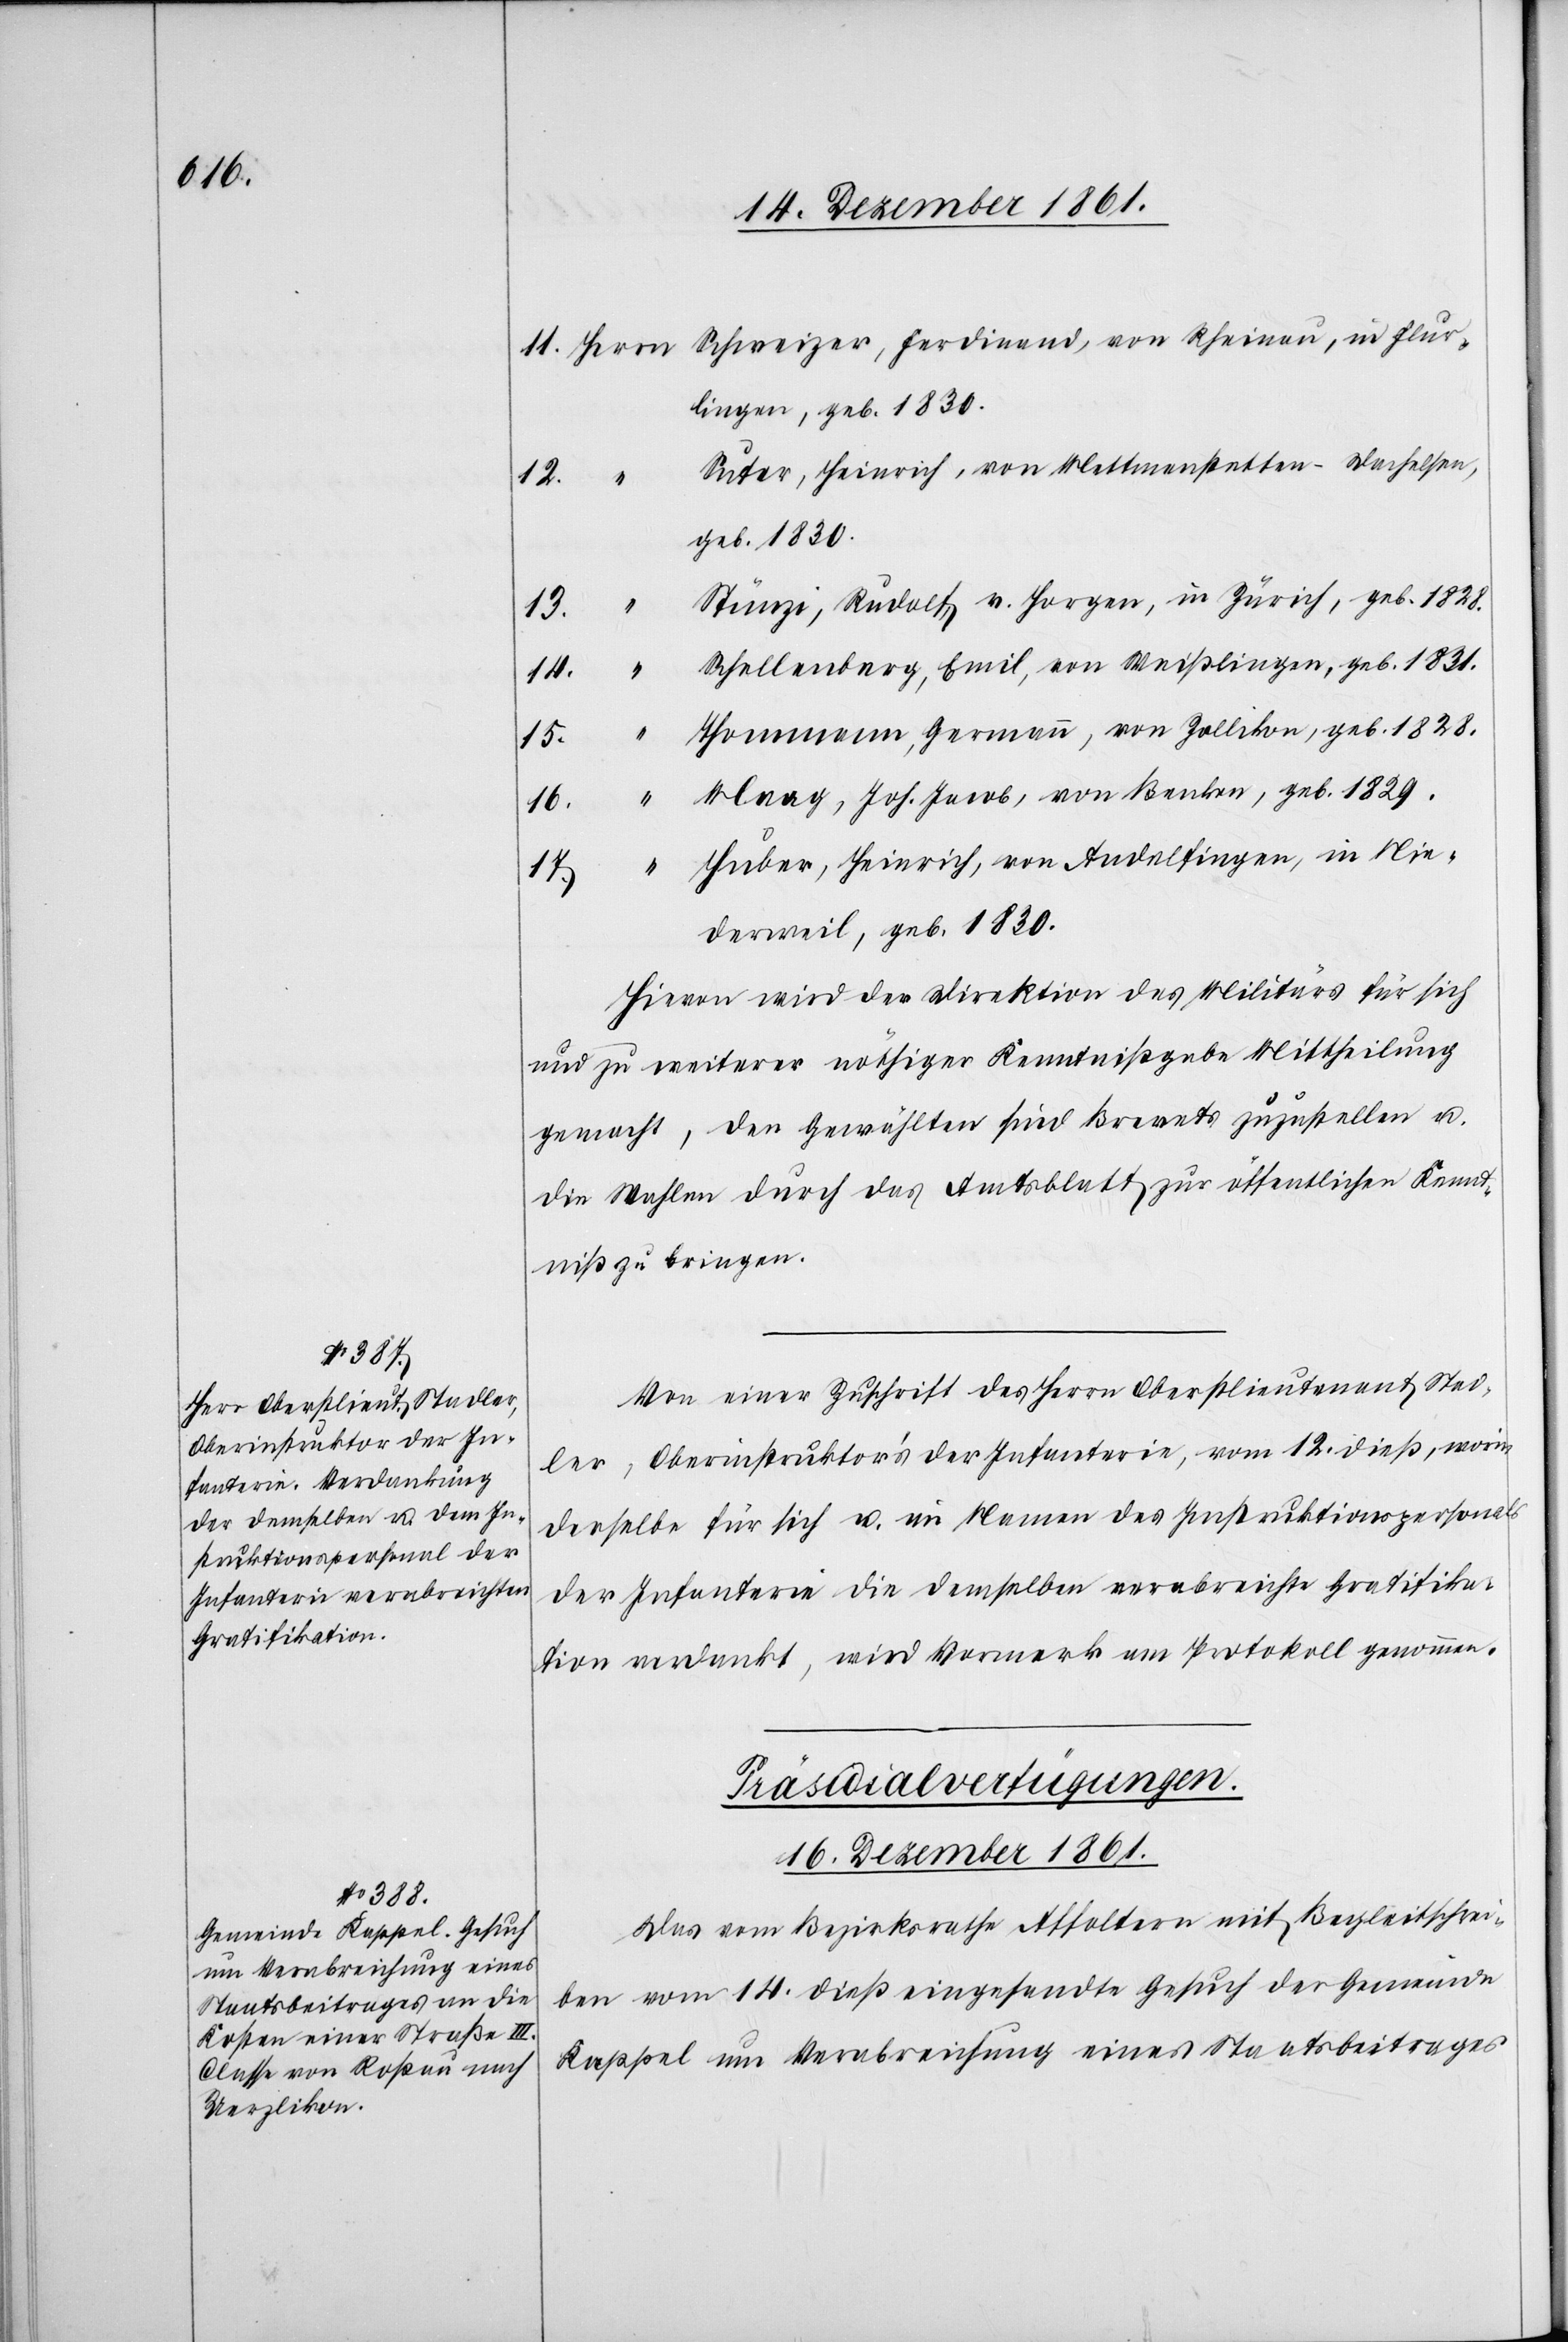
“		T¬

11. Herrn	Schweizer, Ferdinand, von Rheinau, in Flur¬
lingen, geb. 1830.
“		Suter, Heinrich, von Mettmenstetten-Dachelsen,
17.
geb. 1830.
“		Stürzi, Rudolf v. Horgen, in Zürich, geb. 1828.
14.
“		Schellenberg, Emil, von Weißlingen, geb. 1831.
hommann, Germann, von Zollikon, geb. 1828.
16.
“		Maag, Joh. Jacob, von Benken, geb. 1829.
“		Huber, Heinrich, von Andelfingen, in Nie¬
derweil, geb. 1830.
Hievon wird der Direktion des Militärs für sich
und zu weiterer nöthiger Kenntnißgabe Mittheilung
gemacht, den Gewählten sind Brevets zuzustellen u.
die Wahlen durch das Amtsblatt zur öffentlichen Kennt¬
niß zu bringen.
Von einer Zuschrift des Herrn Oberstlieutnant Stad¬
ler, Oberinstruktor’s der Infanterie, vom 12 dieß, worin
derselbe für sich u. im Namen des Instruktionspersonals
der Infanterie die demselben verabreichte Gratifika¬
tion verdankt, wird Vormerk am Protokoll genommen.
Präsidial-Verfügungen.
16 Dezember 1861.
Das vom Bezirksrathe Affoltern mit Begleitschrei¬
ben vom 14 dieß eingesandte Gesuch der Gemeinde
Kappel um Verabreichung eines Staatsbeitrages